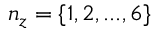
n _ { z } = \{ 1 , 2 , . . . , 6 \}